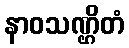
နာဝသဏ္ဌိတံ